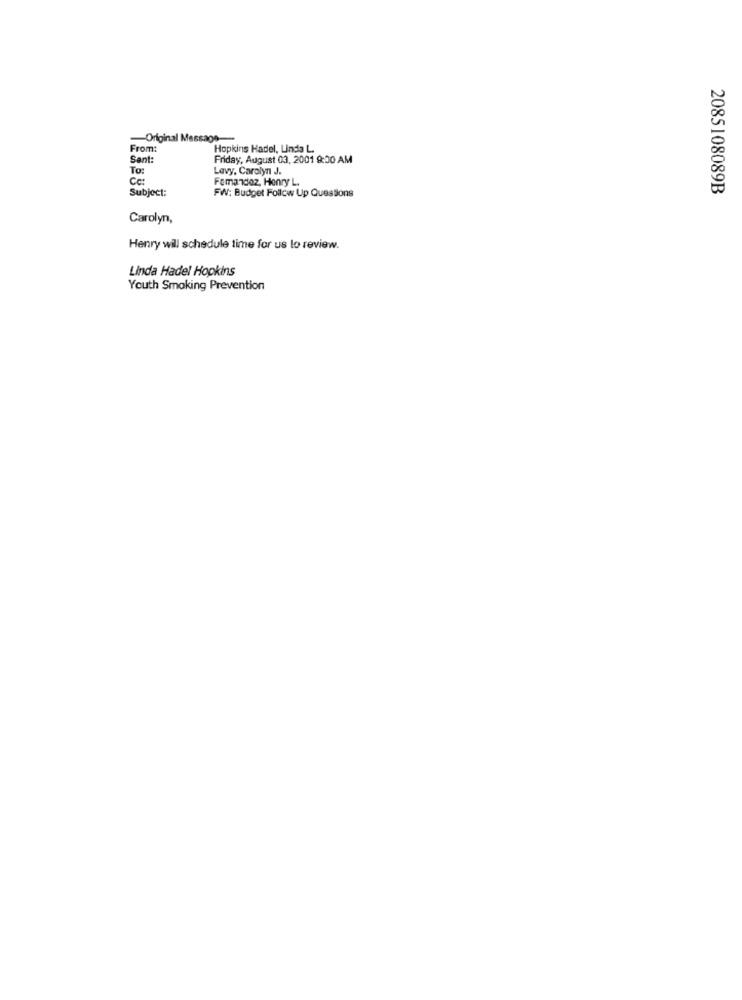
-Original Message-
From
Hopkins Hadel, Linda L.
Sant:
Friday, August 03, 2001 8:30 AM
To:
Lavy, Carolyn J.
Cc:
Femandoz, Henry L.
Subject:
FW: Budget Follow Up Questions
2085108089B
Carolyn,
Henry will schedule time for us lo review.
Linda Hadel Hopkins
Youth Smoking Prevention